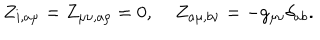
LaTeX: Z _ { i , a \mu } = Z _ { \mu \nu , a \rho } = 0 , \; Z _ { a \mu , b \nu } = - g _ { \mu \nu } \delta _ { a b } .